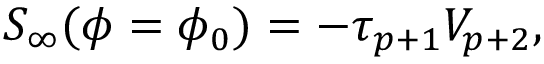
S _ { \infty } ( \phi = \phi _ { 0 } ) = - \tau _ { p + 1 } V _ { p + 2 } ,